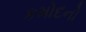
કમોદનો